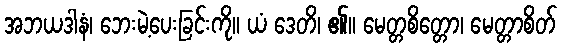
အဘယဒါနံ၊ ဘေးမဲ့ပေးခြင်းကို။ ယံ ဒေတိ၊ ၏။ မေတ္တစိတ္တော၊ မေတ္တာစိတ်